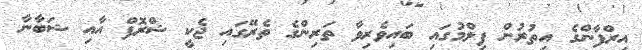
އިރްފާންގެ އިތުރުން ފިލްމުގައި ބައިވެރިވާ ތަރިންގެ ތެރޭގައި ޖެކީ ޝްރޮފް އާއި ޝަބާނާ